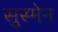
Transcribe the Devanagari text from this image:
सुस्मेन